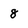
Character: 8